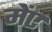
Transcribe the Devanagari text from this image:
मेंए